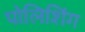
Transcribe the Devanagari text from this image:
पोलिशिंग